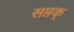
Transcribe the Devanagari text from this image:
सप्तक्